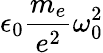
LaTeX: \epsilon_{0}\frac{m_{e}}{e^{2}}\omega_{0}^{2}